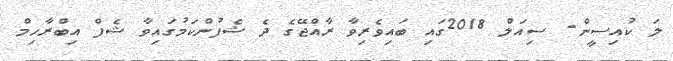
ލަ ކުއިސީން- ސިއަލް 2018ގައި ބައިވެރިވާ ރާއްޖޭގެ ދެ ޝެފުންކަމުގައިވާ ޝެފް އިބްރާހިމް